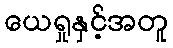
ယေရှုနှင့်အတူ